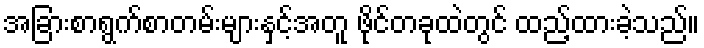
အခြားစာရွက်စာတမ်းများနှင့်အတူ ဖိုင်တခုထဲတွင် ထည့်ထားခဲ့သည်။